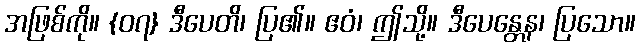
အဖြစ်ကို။ {၀၇} ဒီပေတိ၊ ပြ၏။ ဧဝံ၊ ဤသို့။ ဒီပေန္တေန၊ ပြသော။